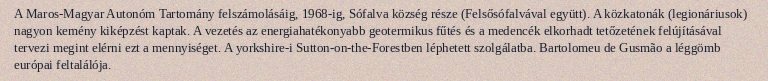
A Maros-Magyar Autonóm Tartomány felszámolásáig, 1968-ig, Sófalva község része (Felsősófalvával együtt). A közkatonák (legionáriusok) nagyon kemény kiképzést kaptak. A vezetés az energiahatékonyabb geotermikus fűtés és a medencék elkorhadt tetőzetének felújításával tervezi megint elérni ezt a mennyiséget. A yorkshire-i Sutton-on-the-Forestben léphetett szolgálatba. Bartolomeu de Gusmão a léggömb európai feltalálója.